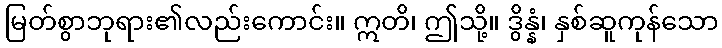
မြတ်စွာဘုရား၏လည်းကောင်း။ ဣတိ၊ ဤသို့။ ဒွိန္နံ၊ နှစ်ဆူကုန်သော